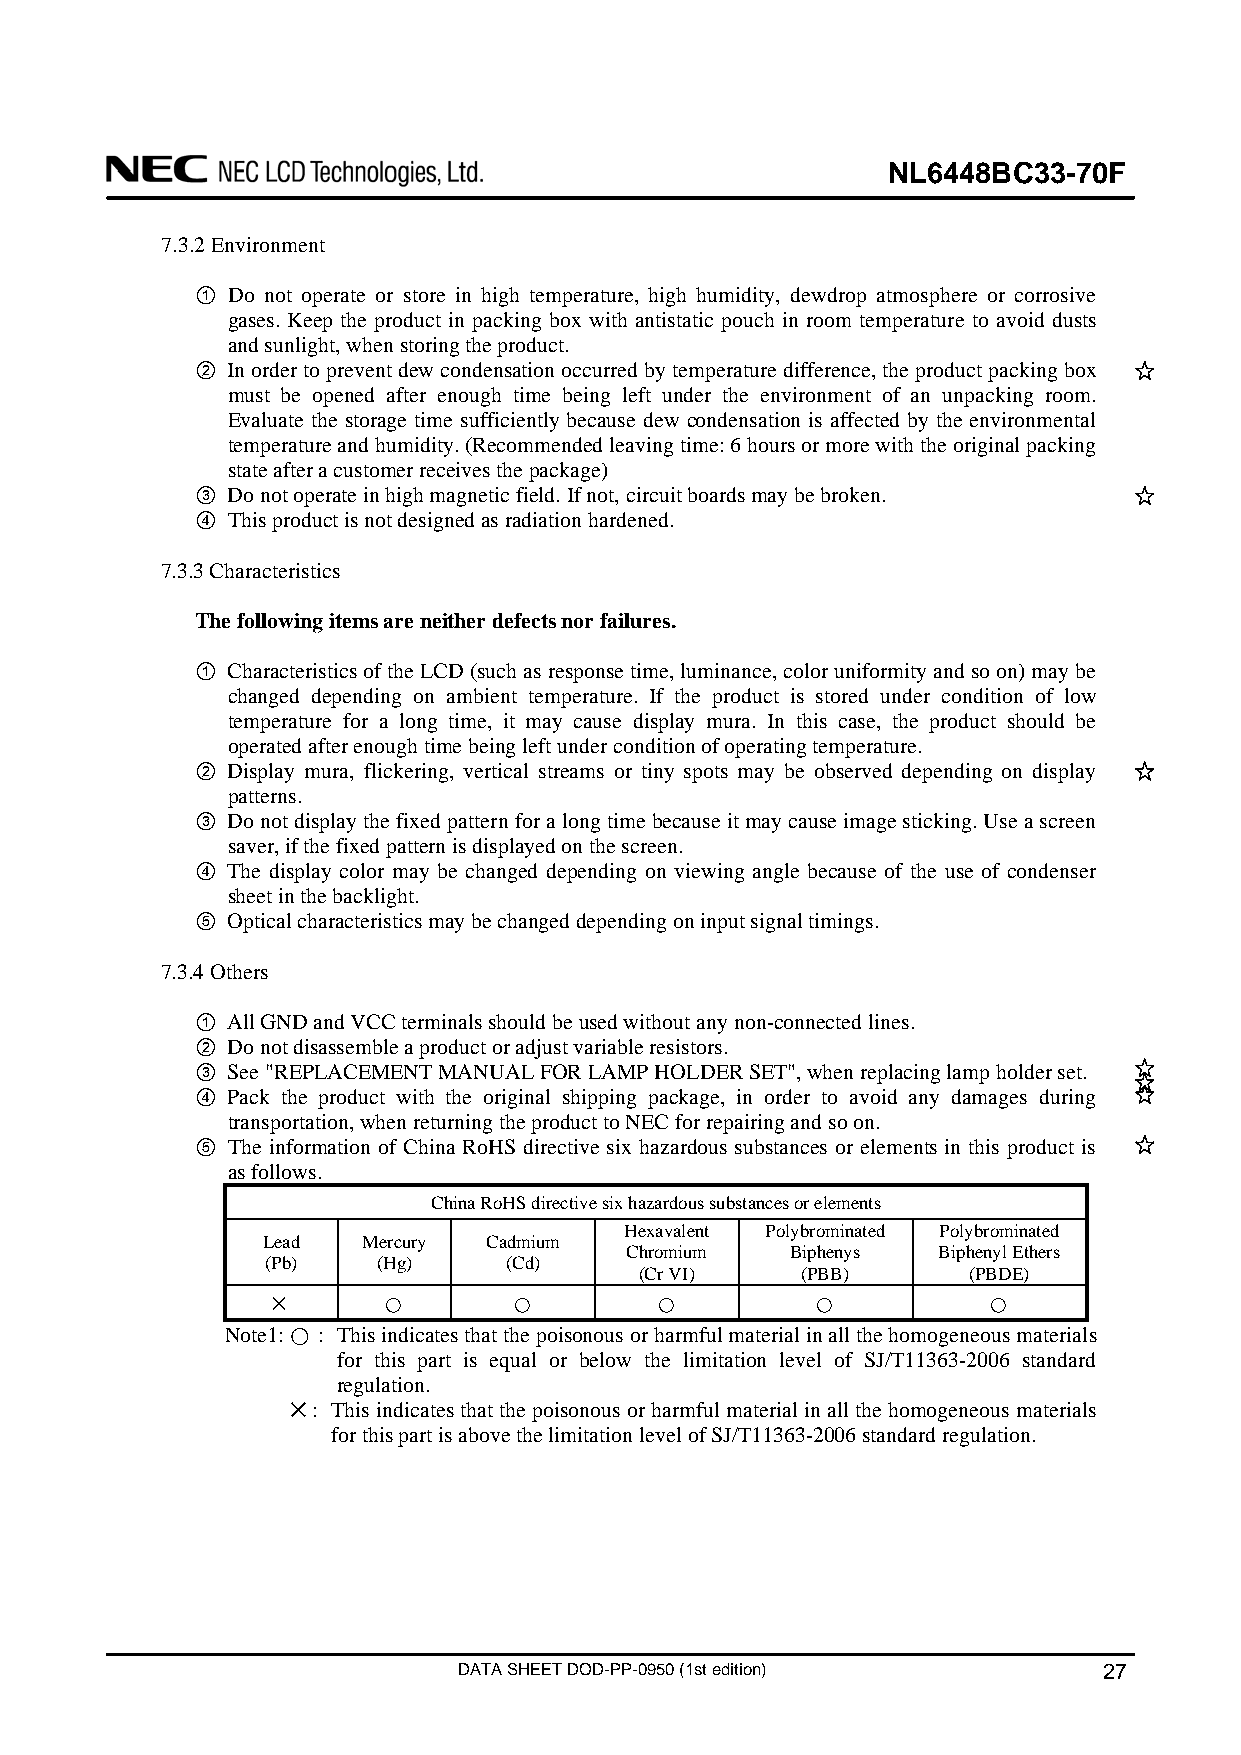
NL6448BC33-70F
 7.3.2 Environment
 ① Do not operate or store in high temperature, high humidity, dewdrop atmosphere or corrosive
 gases. Keep the product in packing box with antistatic pouch in room temperature to avoid dusts
 and sunlight, when storing the product.
 ② In order to prevent dew condensation occurred by temperature difference, the product packing box
 must be opened after enough time being left under the environment of an unpacking room.
 Evaluate the storage time sufficiently because dew condensation is affected by the environmental
 temperature and humidity. (Recommended leaving time: 6 hours or more with the original packing
 state after a customer receives the package)
 ③ Do not operate in high magnetic field. If not, circuit boards may be broken.
 ④ This product is not designed as radiation hardened.
 7.3.3 Characteristics
 The following items are neither defects nor failures.
 ① Characteristics of the LCD (such as response time, luminance, color uniformity and so on) may be
 changed depending on ambient temperature. If the product is stored under condition of low
 temperature for a long time, it may cause display mura. In this case, the product should be
 operated after enough time being left under condition of operating temperature.
 ② Display mura, flickering, vertical streams or tiny spots may be observed depending on display
 patterns.
 ③ Do not display the fixed pattern for a long time because it may cause image sticking. Use a screen
 saver, if the fixed pattern is displayed on the screen.
 ④ The display color may be changed depending on viewing angle because of the use of condenser
 sheet in the backlight.
 ⑤ Optical characteristics may be changed depending on input signal timings.
 7.3.4 Others
 ① All GND and VCC terminals should be used without any non-connected lines.
 ② Do not disassemble a product or adjust variable resistors.
 ③ See "REPLACEMENT MANUAL FOR LAMP HOLDER SET", when replacing lamp holder set.
 ④ Pack the product with the original shipping package, in order to avoid any damages during
 transportation, when returning the product to NEC for repairing and so on.
 ⑤ The information of China RoHS directive six hazardous substances or elements in this product is
 as follows.
 China RoHS directive six hazardous substances or elements
 Hexavalent Polybrominated Polybrominated
 Lead   Mercury Cadmium
 Chromium   Biphenys  Biphenyl Ethers
 (Pb)   (Hg)    (Cd)
 (Cr VI)    (PBB)      (PBDE)
 ✕      ⃝        ⃝        ⃝          ⃝          ⃝
 Note1: ⃝ : This indicates that the poisonous or harmful material in all the homogeneous materials
 for this part is equal or below the limitation level of SJ/T11363-2006 standard
 regulation.
 ✕: This indicates that the poisonous or harmful material in all the homogeneous materials
 for this part is above the limitation level of SJ/T11363-2006 standard regulation.
 DATA SHEET DOD-PP-0950 (1st edition)       27